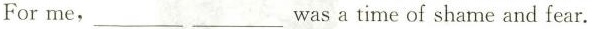
For me，___ ___ was a time of shame and fear.